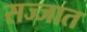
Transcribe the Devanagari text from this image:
सज्जात